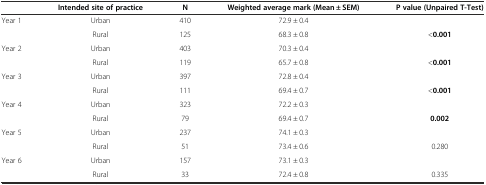
|  | Intended site of practice | N | Weighted average mark (Mean ± SEM) | P value (Unpaired T-Test) |
 | --- | --- | --- | --- | --- |
 | Year 1 | Urban | 410 | 72.9 ± 0.4 |  |
 |  | Rural | 125 | 68.3 ± 0.8 | <0.001 |
 | Year 2 | Urban | 403 | 70.3 ± 0.4 |  |
 |  | Rural | 119 | 65.7 ± 0.8 | <0.001 |
 | Year 3 | Urban | 397 | 72.8 ± 0.4 |  |
 |  | Rural | 111 | 69.4 ± 0.7 | <0.001 |
 | Year 4 | Urban | 323 | 72.2 ± 0.3 |  |
 |  | Rural | 79 | 69.4 ± 0.7 | 0.002 |
 | Year 5 | Urban | 237 | 74.1 ± 0.3 |  |
 |  | Rural | 51 | 73.4 ± 0.6 | 0.280 |
 | Year 6 | Urban | 157 | 73.1 ± 0.3 |  |
 |  | Rural | 33 | 72.4 ± 0.8 | 0.335 |